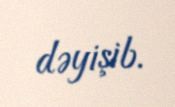
dəyişib.